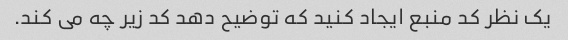
یک نظر کد منبع ایجاد کنید که توضیح دهد کد زیر چه می کند.